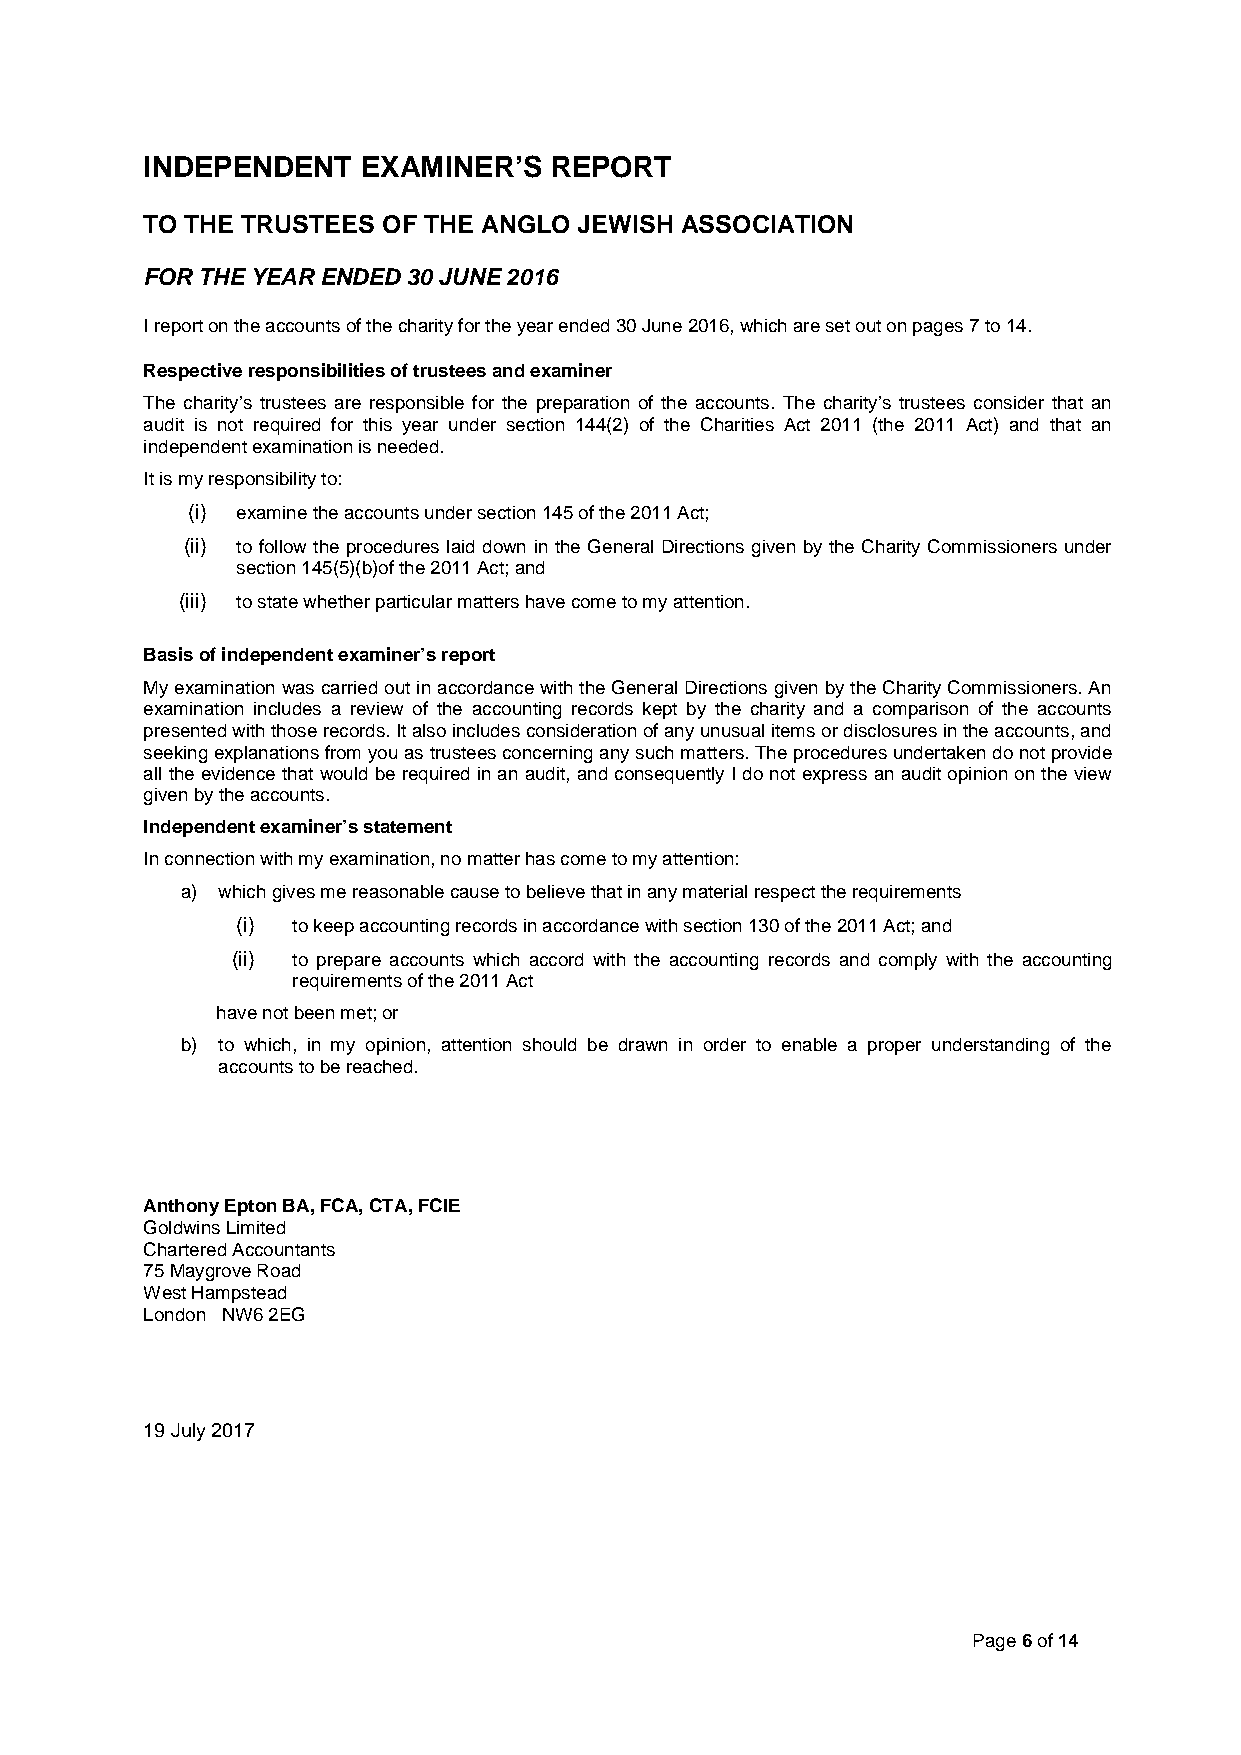
INDEPENDENT    EXAMINER’S  REPORT
 TO THE TRUSTEES OF THE ANGLO JEWISH ASSOCIATION
 FOR THE YEAR ENDED 30 JUNE 2016
 I report on the accounts of thecharityfor the year ended 30 June 2016, which are set out on pages7 to 14.
 Respective responsibilities oftrustees and examiner
 The charity’s trustees are responsible for the preparation of the accounts. The charity’s trustees consider that an
 audit is not required for this year under section 144(2) of the Charities Act 2011 (the 2011 Act) and that an
 independent examination is needed.
 It is my responsibility to:
 (i) examine the accounts under section 145 of the 2011 Act;
 (ii) to follow the procedures laid down in the General Directions given by the Charity Commissioners under
 section 145(5)(b)of the 2011 Act; and
 (iii) tostate whether particular matters have come to my attention.
 Basis of independent examiner’s report
 My examination was carried out in accordance with the General Directions given by the Charity Commissioners. An
 examination includes a review of the accounting records kept by the charity and a comparison of the accounts
 presented with those records. It also includes consideration of any unusual items or disclosures in the accounts, and
 seeking explanations from you as trustees concerning any such matters. The procedures undertaken do not provide
 all the evidence that would be required in an audit, and consequently I do not express an audit opinion on the view
 given by the accounts.
 Independent examiner’s statement
 In connection with my examination, nomatter has come to my attention:
 a) which gives me reasonable cause to believe that in any material respect the requirements
 (i) to keep accounting records in accordance with section 130 of the 2011 Act; and
 (ii) to prepare accounts which accord with the accounting records and comply with the accounting
 requirements of the 2011 Act
 have not been met; or
 b) to which, in my opinion, attention should be drawn in order to enable a proper understanding of the
 accounts to be reached.
 Anthony Epton BA, FCA,CTA, FCIE
 GoldwinsLimited
 Chartered Accountants
 75 Maygrove Road
 West Hampstead
 London NW6 2EG
 19 July 2017
 Page6of14